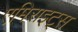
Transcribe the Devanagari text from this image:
एमिराइट्स